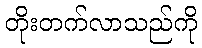
တိုးတက်လာသည်ကို